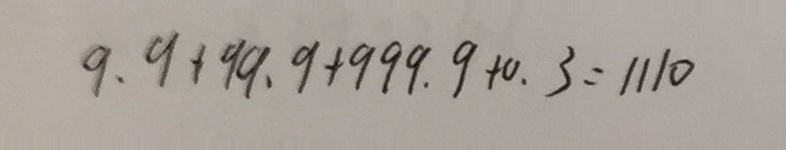
9 . 9 + 9 9 . 9 + 9 9 9 . 9 + 0 . 3 = 1 1 1 0